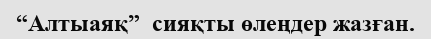
“Алтыаяқ”  сияқты өлеңдер жазған.